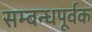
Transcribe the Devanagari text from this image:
सम्बन्धपूर्वक